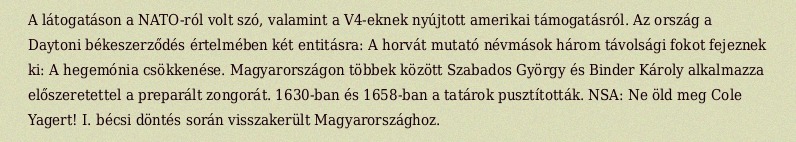
A látogatáson a NATO-ról volt szó, valamint a V4-eknek nyújtott amerikai támogatásról. Az ország a Daytoni békeszerződés értelmében két entitásra: A horvát mutató névmások három távolsági fokot fejeznek ki: A hegemónia csökkenése. Magyarországon többek között Szabados György és Binder Károly alkalmazza előszeretettel a preparált zongorát. 1630-ban és 1658-ban a tatárok pusztították. NSA: Ne öld meg Cole Yagert! I. bécsi döntés során visszakerült Magyarországhoz.